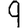
Digit: 9